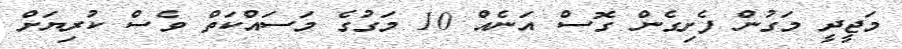
މަޖީދީ މަގުން ފެށިގެން ގޮސް އަނެއް 10 މަގުގެ މަސައްކަތް ވެސް ކުރިޔަށް